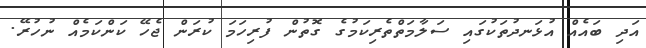
އަދި ބައެއް އުޅަނދުތަކުގައި ސަލާމަތްތެރިކަމުގެ ގޮތުން ފުރިހަމަ ކުރަން ޖެހޭ ކަންކަމެއް ނުހުރޭ.